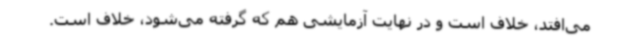
می‌افتد، خلاف است و در نهایت آزمایشی هم که گرفته می‌شود، خلاف است.